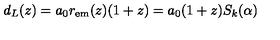
d _ { L } ( z ) = a _ { 0 } r _ { \mathrm { e m } } ( z ) ( 1 + z ) = a _ { 0 } ( 1 + z ) S _ { k } ( \alpha )